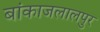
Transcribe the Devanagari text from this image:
बांकाजलालपुर